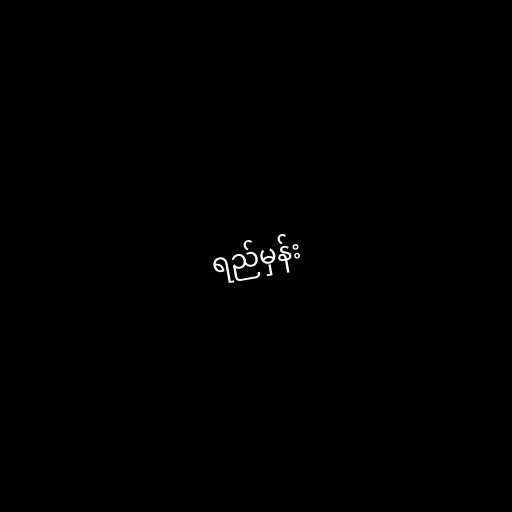
ရည်မှန်း